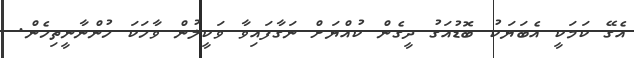
އެގޭ ކަަމަކީ އެބަޔަކު ބޮޑުއަގު ދީގެން ކުއްޔަށް ނަގާފައިވާ ވަކީލުން ވާހަކަ ހުންނާނީތިހެން.